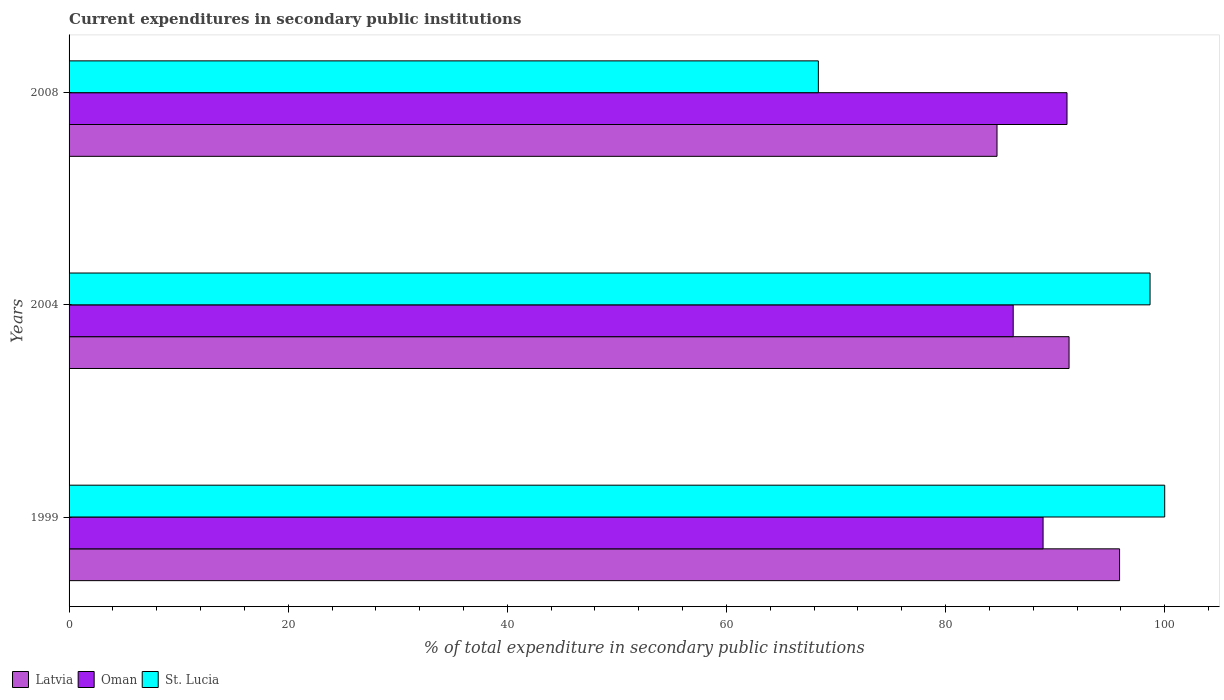
| Years | Latvia | Oman | St. Lucia |
 | --- | --- | --- | --- |
 | 1999 | 95.9 | 88.9 | 100 |
 | 2004 | 91.3 | 86.2 | 98.7 |
 | 2008 | 84.7 | 91.1 | 68.4 |